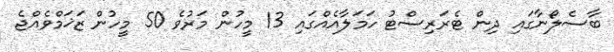
ބާސެލޯނާގައި ދިން ޓެރަރިސްޓު ހަމަލާއެއްގައި 13 މީހުން މަރުވެ 50 މީހުން ޒަޚަމްވެއްޖެ